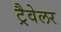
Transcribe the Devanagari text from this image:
ट्रैवेलर